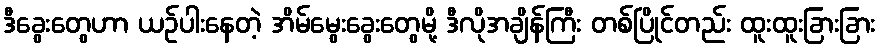
ဒီခွေးတွေဟာ ယဉ်ပါးနေတဲ့ အိမ်မွေးခွေးတွေမို့ ဒီလိုအချိန်ကြီး တစ်ပြိုင်တည်း ထူးထူးခြားခြား